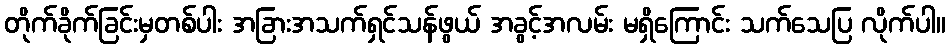
တိုက်ခိုက်ခြင်းမှတစ်ပါး အခြားအသက်ရှင်သန်ဖွယ် အခွင့်အလမ်း မရှိကြောင်း သက်သေပြ လိုက်ပါ။